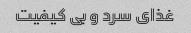
غذای سرد و بی کیفیت